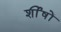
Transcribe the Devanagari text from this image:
र्शीषों